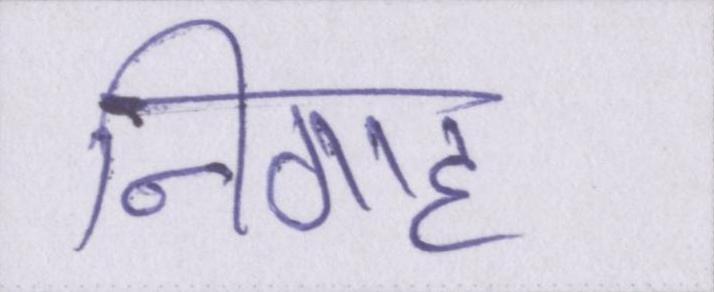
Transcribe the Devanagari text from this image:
निगाह